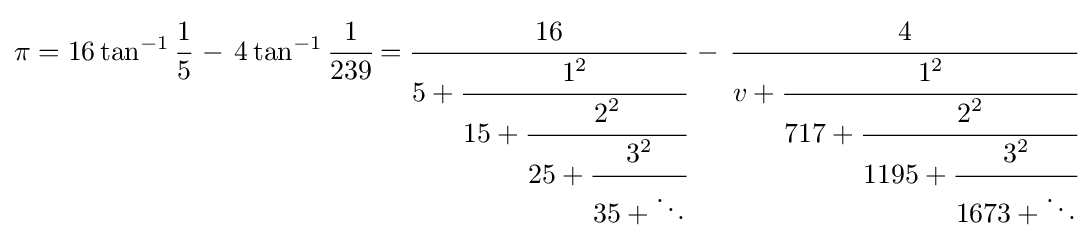
\pi =16\tan ^{-1}{\cfrac {1}{5}}\,-\,4\tan ^{-1}{\cfrac {1}{239}}={\cfrac {16}{5+{\cfrac {1^{2}}{15+{\cfrac {2^{2}}{25+{\cfrac {3^{2}}{35+\ddots }}}}}}}}\,-\,{\cfrac {4}{v+{\cfrac {1^{2}}{717+{\cfrac {2^{2}}{1195+{\cfrac {3^{2}}{1673+\ddots }}}}}}}}